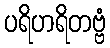
ပရိဟရိတဗ္ဗံ